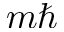
m \hbar